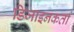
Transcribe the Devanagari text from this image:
डिजाइनकर्ता